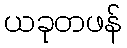
ယခုတဖန်